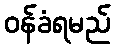
ဝန်ခံရမည်